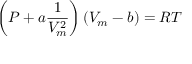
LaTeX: \left( P + a { \frac { 1 } { V _ { m } ^ { 2 } } } \right) ( V _ { m } - b ) = R T